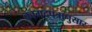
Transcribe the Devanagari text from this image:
कागदपत्रानुसार